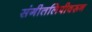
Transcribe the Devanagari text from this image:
संगीतलिपीवरून